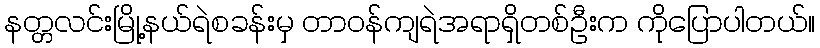
နတ္တလင်းမြို့နယ်ရဲစခန်းမှ တာဝန်ကျရဲအရာရှိတစ်ဦးက ကိုပြောပါတယ်။